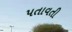
પતાવતી